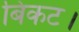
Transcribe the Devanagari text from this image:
बिकट।